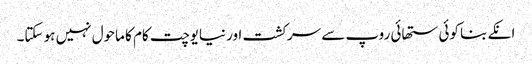
انکے بنا کوئی ستھائی روپ سے سرکشت اور نیایوچت کام کا ماحول نہیں ہو سکتا۔